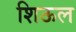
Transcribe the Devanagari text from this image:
शिऊल